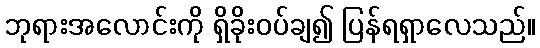
ဘုရားအလောင်းကို ရှိခိုးဝပ်ချ၍ ပြန်ရရှာလေသည်။